Vaccination United Provinces of Agra and Oudh 1923-1928 - 1923-1928
Year: 1923
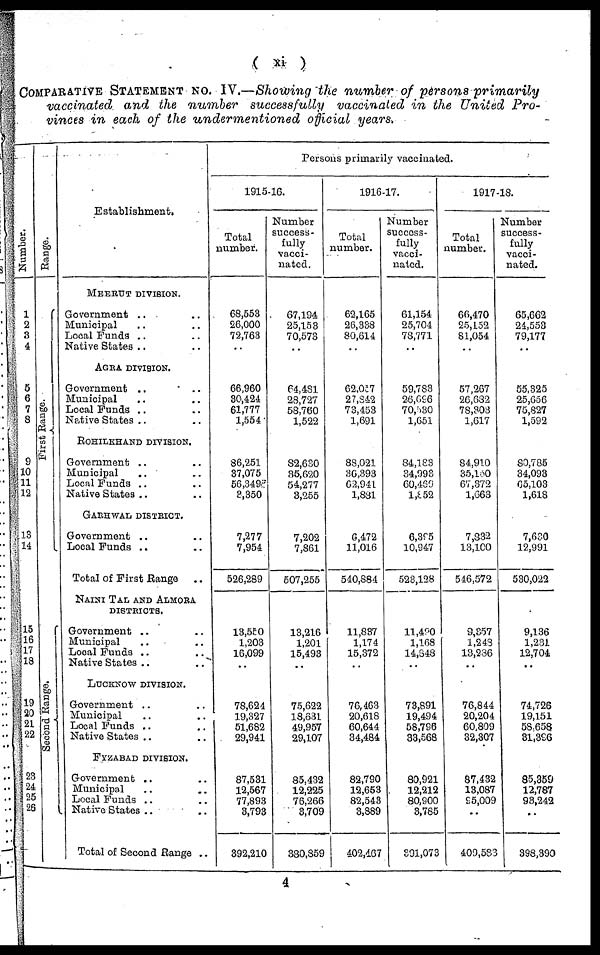
( xi )
COMPARATIVE STATEMENT NO. IV.—Showing the number of persons primarily
vaccinated and the number successfully vaccinated in the United Pro-
vinces in each of the undermentioned official years.
Number.
1
2
3
4
5
6
7
8
9
10
11
12
13
14
15
16
17
18
19
20
21
22
23
24
25
26
Range.
First Range.
Second Range.
Establishment.
MEERUT DIVISION.
Government .. ..
Municipal .. ..
Local Funds .. ..
Native States .. ..
AGRA DIVISION.
Government .. ..
Municipal .. ..
Local Funds .. ..
Native States .. ..
ROHILKHAND DIVISION.
Government .. ..
Municipal .. ..
Local Funds .. ..
Native States .. ..
GARHWAL DISTRICT.
Government .. ..
Local Funds .. ..
Total of First Range
..
NAINI TAL AND ALMORA
DISTRICTS.
Government .. ..
Municipal .. ..
Local Funds .. ..
Native States .. ..
LUCKNOW DIVISION.
Government .. ..
Municipal .. ..
Local Funds .. ..
Native States .. ..
FYZABAD DIVISION.
Government .. ..
Municipal .. ..
Local Funds .. ..
Native States .. ..
Total of Second Range ..
Persons primarily vaccinated.
1915-16.
Total
number.
68,553
26,000
72,763
66,960
30,424
61,777
1,554
86,251
37,075
56,349
3,350
7,277
7,954
526,289
13,550
1,203
16,099
..
78,624
19,327
51,682
29,941
87,531
12,567
77,893
3,793
392,210
Number
success-
fully
vacci-
nated.
67,194
25,153
70,573
64,481
28,727
58,760
1,522
82,630
35,620
54,277
3,255
7,202
7,861
507,255
13,216
1,201
15,493
..
75,622
18,631
49,957
29,107
85,432
12,225
76,266
3,709
330,859
1916-17.
Total
number.
62,165
26,338
80,614
62,057
27,842
73,453
1,691
88,021
36,393
62,941
1,881
6,472
11,016
540,884
11,837
1,174
15,372
76,463
20,618
60,644
34,484
82,790
12,653
82,543
3,889
402,467
Number
success-
fully
vacci-
nated.
61,154
25,704
78,771
59,783
26,696
70,530
1,651
84,183
34,993
60,469
1,852
6,395
10,947
523,128
11,490
1,168
14,848
73,891
19,494
58,796
33,568
80,921
12,212
80,900
3,785
391,073
1917-18.
Total
number.
66,470
25,152
81,054
57,267
26,632
78,303
1,617
84,910
35,130
67,372
1,663
7,332
13,100
546,572
9,357
1,248
13,236
..
76,844
20,204
60,809
32,307
87,432
13,087
95,009
409,583
Number
success-
fully
vacci-
nated.
65,662
24,553
79,177
55,325
25,656
75,827
1,592
80,785
34,093
65,103
1,618
7,630
12,991
530,022
9,136
1,231
12,704
..
74,726
19,151
58,658
31,396
85,359
12,787
93,242
398,390
4